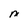
Character: M